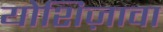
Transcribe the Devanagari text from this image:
योशिज़ावा